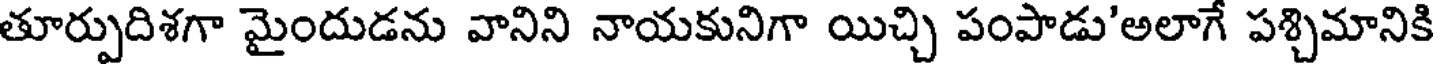
తూర్పుదిశగా మైందుడను వానిని నాయకునిగా యిచ్చి పంపాడు'అలాగే పశ్చిమానికి